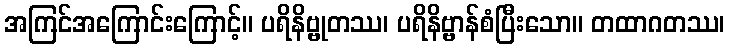
အကြင်အကြောင်းကြောင့်။ ပရိနိဗ္ဗုတဿ၊ ပရိနိဗ္ဗာန်စံပြီးသော။ တထာဂတဿ၊